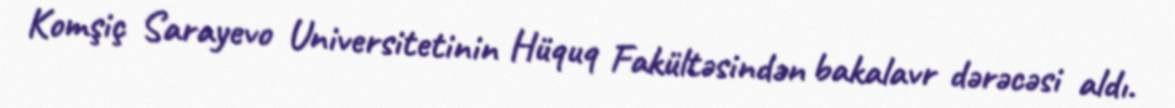
Komşiç Sarayevo Universitetinin Hüquq Fakültəsindən bakalavr dərəcəsi aldı.